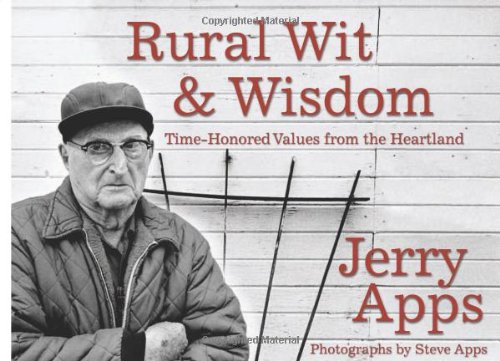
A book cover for Rural Wit and Wisdom: Time-Honored Values from the Heartland; Jerry Apps; Humor & Entertainment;